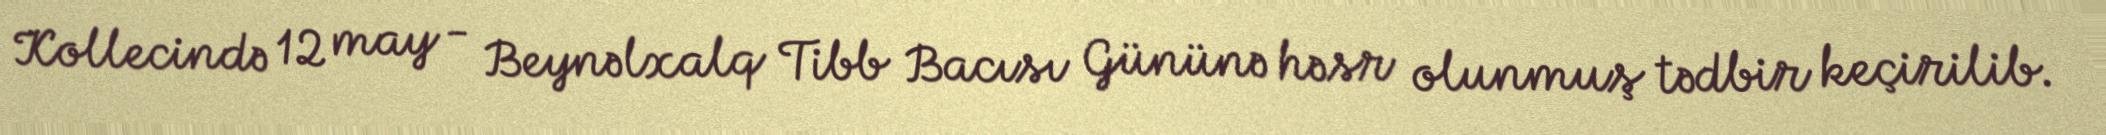
Kollecində 12 may - Beynəlxalq Tibb Bacısı Gününə həsr olunmuş tədbir keçirilib.